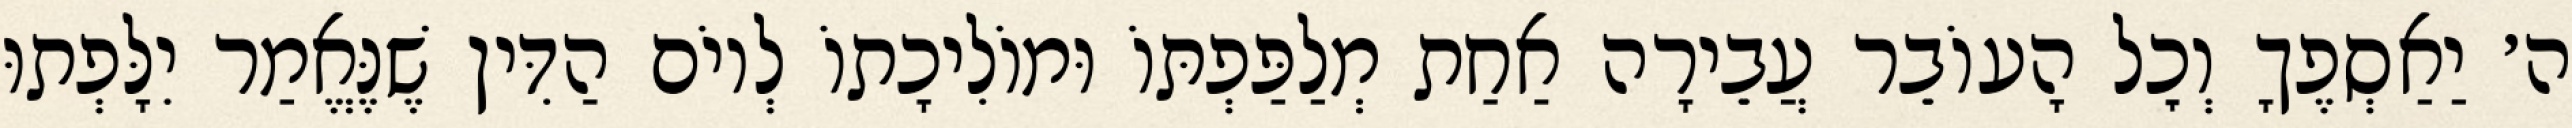
ה׳ יַאַסְפֶךָ וְכׇל הָעוֹבֵר עֲבֵירָה אַחַת מְלַפַּפְתּוֹ וּמוֹלִיכָתוֹ לְיוֹם הַדִּין שֶׁנֶּאֱמַר יִלָּפְתוּ